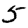
Digit: 5